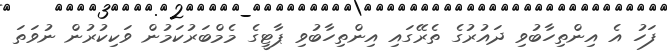
ފަހު އެ އިންތިހާބުވި ދައުރުގެ ތެރޭގައި އިންތިހާބުވި ޕާޓީގެ މެމްބަރުކަމުން ވަކިކުރުން ނުވަތަ